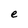
Character: e